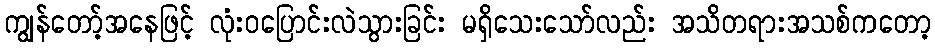
ကျွန်တော့်အနေဖြင့် လုံးဝပြောင်းလဲသွားခြင်း မရှိသေးသော်လည်း အသိတရားအသစ်ကတော့